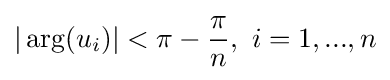
|\arg(u_{i})|<\pi -{\frac {\pi }{n}},\ i=1,...,n